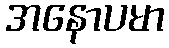
အနောပမာ